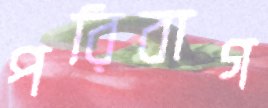
পরিবাগ